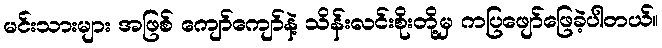
မင်းသားများ အဖြစ် ကျော်ကျော်နဲ့ သိန်းလင်းစိုးတို့မှ ကပြဖျော်ဖြေခဲ့ပါတယ်။